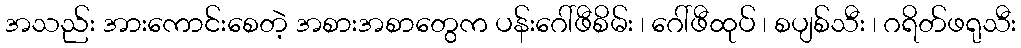
အသည်း အားကောင်းစေတဲ့ အစားအစာတွေက ပန်းဂေါ်ဖီစိမ်း ၊ ဂေါ်ဖီထုပ် ၊ စပျစ်သီး ၊ ဂရိတ်ဖရုသီး